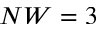
N W = 3